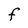
Character: F